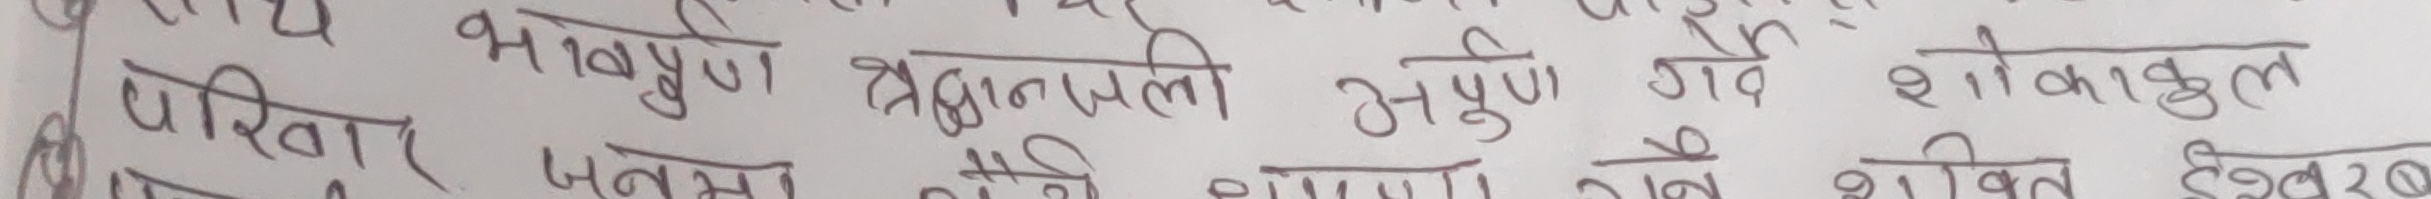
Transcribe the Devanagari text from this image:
परिवार जनमा स्नेह। शान्ति गवै शोकाकुल